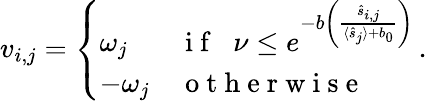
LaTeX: v_{i,j}=\left\{ \begin{array}{ll}{\omega_{j}}&{\mathrm{~i~f~}\; \; \nu\leq e^{-b\left(\frac{\hat{s}_{i,j}}{\langle\hat{s}_{j}\rangle+b_{0}}\right)}}\\ {-\omega_{j}}&{\mathrm{~o~t~h~e~r~w~i~s~e~}}\end{array}\right.\, .